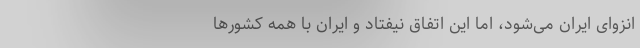
انزوای ایران می‌شود، اما این اتفاق نیفتاد و ایران با همه کشور‌ها